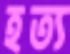
হত্য